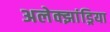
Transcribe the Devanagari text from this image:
अलेक्‍झांड्रिया